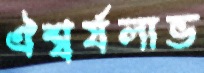
ঐশ্বর্যলাভ